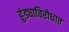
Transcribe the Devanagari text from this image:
हुंड्याविरोधात